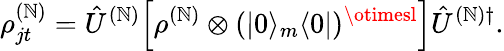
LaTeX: \rho_{jt}^{(\mathbb{N})}=\hat{{U}}^{(\mathbb{N})}\Big[\rho^{(\mathbb{N})}\otimes(|0\rangle_{m}\langle0|)^{\otimesl}\Big]\hat{{U}}^{(\mathbb{N})\dagger}.